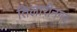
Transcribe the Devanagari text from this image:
तिलारीनगर